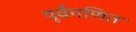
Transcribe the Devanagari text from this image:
पूर्वगणित